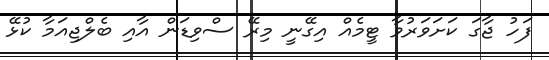
ފަހު ޖާގަ ކަށަވަރުވާ ޓީމެއް އިގޭނީ މިރޭ ސްވިޑަން އާއި ބެލްޖިއަމާ ކުޅޭ